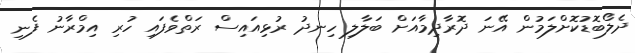
ދެލޯބޮޑުކޮށްލަމުން އޭނަ ދޮރާދިމާއަށް ބަލާލި ހިނދު ރުޅިއައިސް ރަތްވެފައި ހުރި އިމްރާނު ފެނި